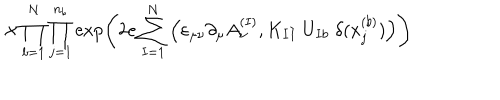
LaTeX: \times \prod _ { b = 1 } ^ { N } \prod _ { j = 1 } ^ { n _ { b } } \exp \left( 2 e \sum _ { I = 1 } ^ { N } \Big ( \varepsilon _ { \mu \nu } \partial _ { \mu } A _ { \nu } ^ { ( I ) } , K _ { I I } \; U _ { I b } \; \delta ( x _ { j } ^ { ( b ) } ) \Big ) \right)